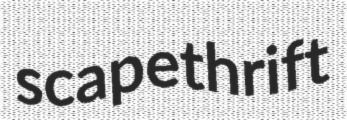
scapethrift